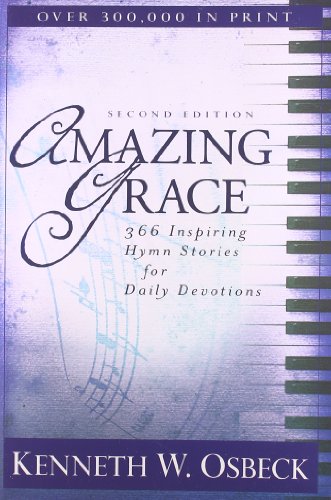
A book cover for Amazing Grace: 366 Inspiring Hymn Stories for Daily Devotions; Kenneth W. Osbeck; Christian Books & Bibles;